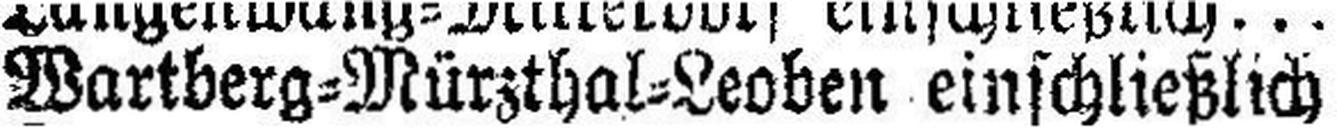
Wartberg=Mürzthal=Leoben einschließlich